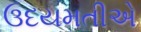
ઉદયમતીએ